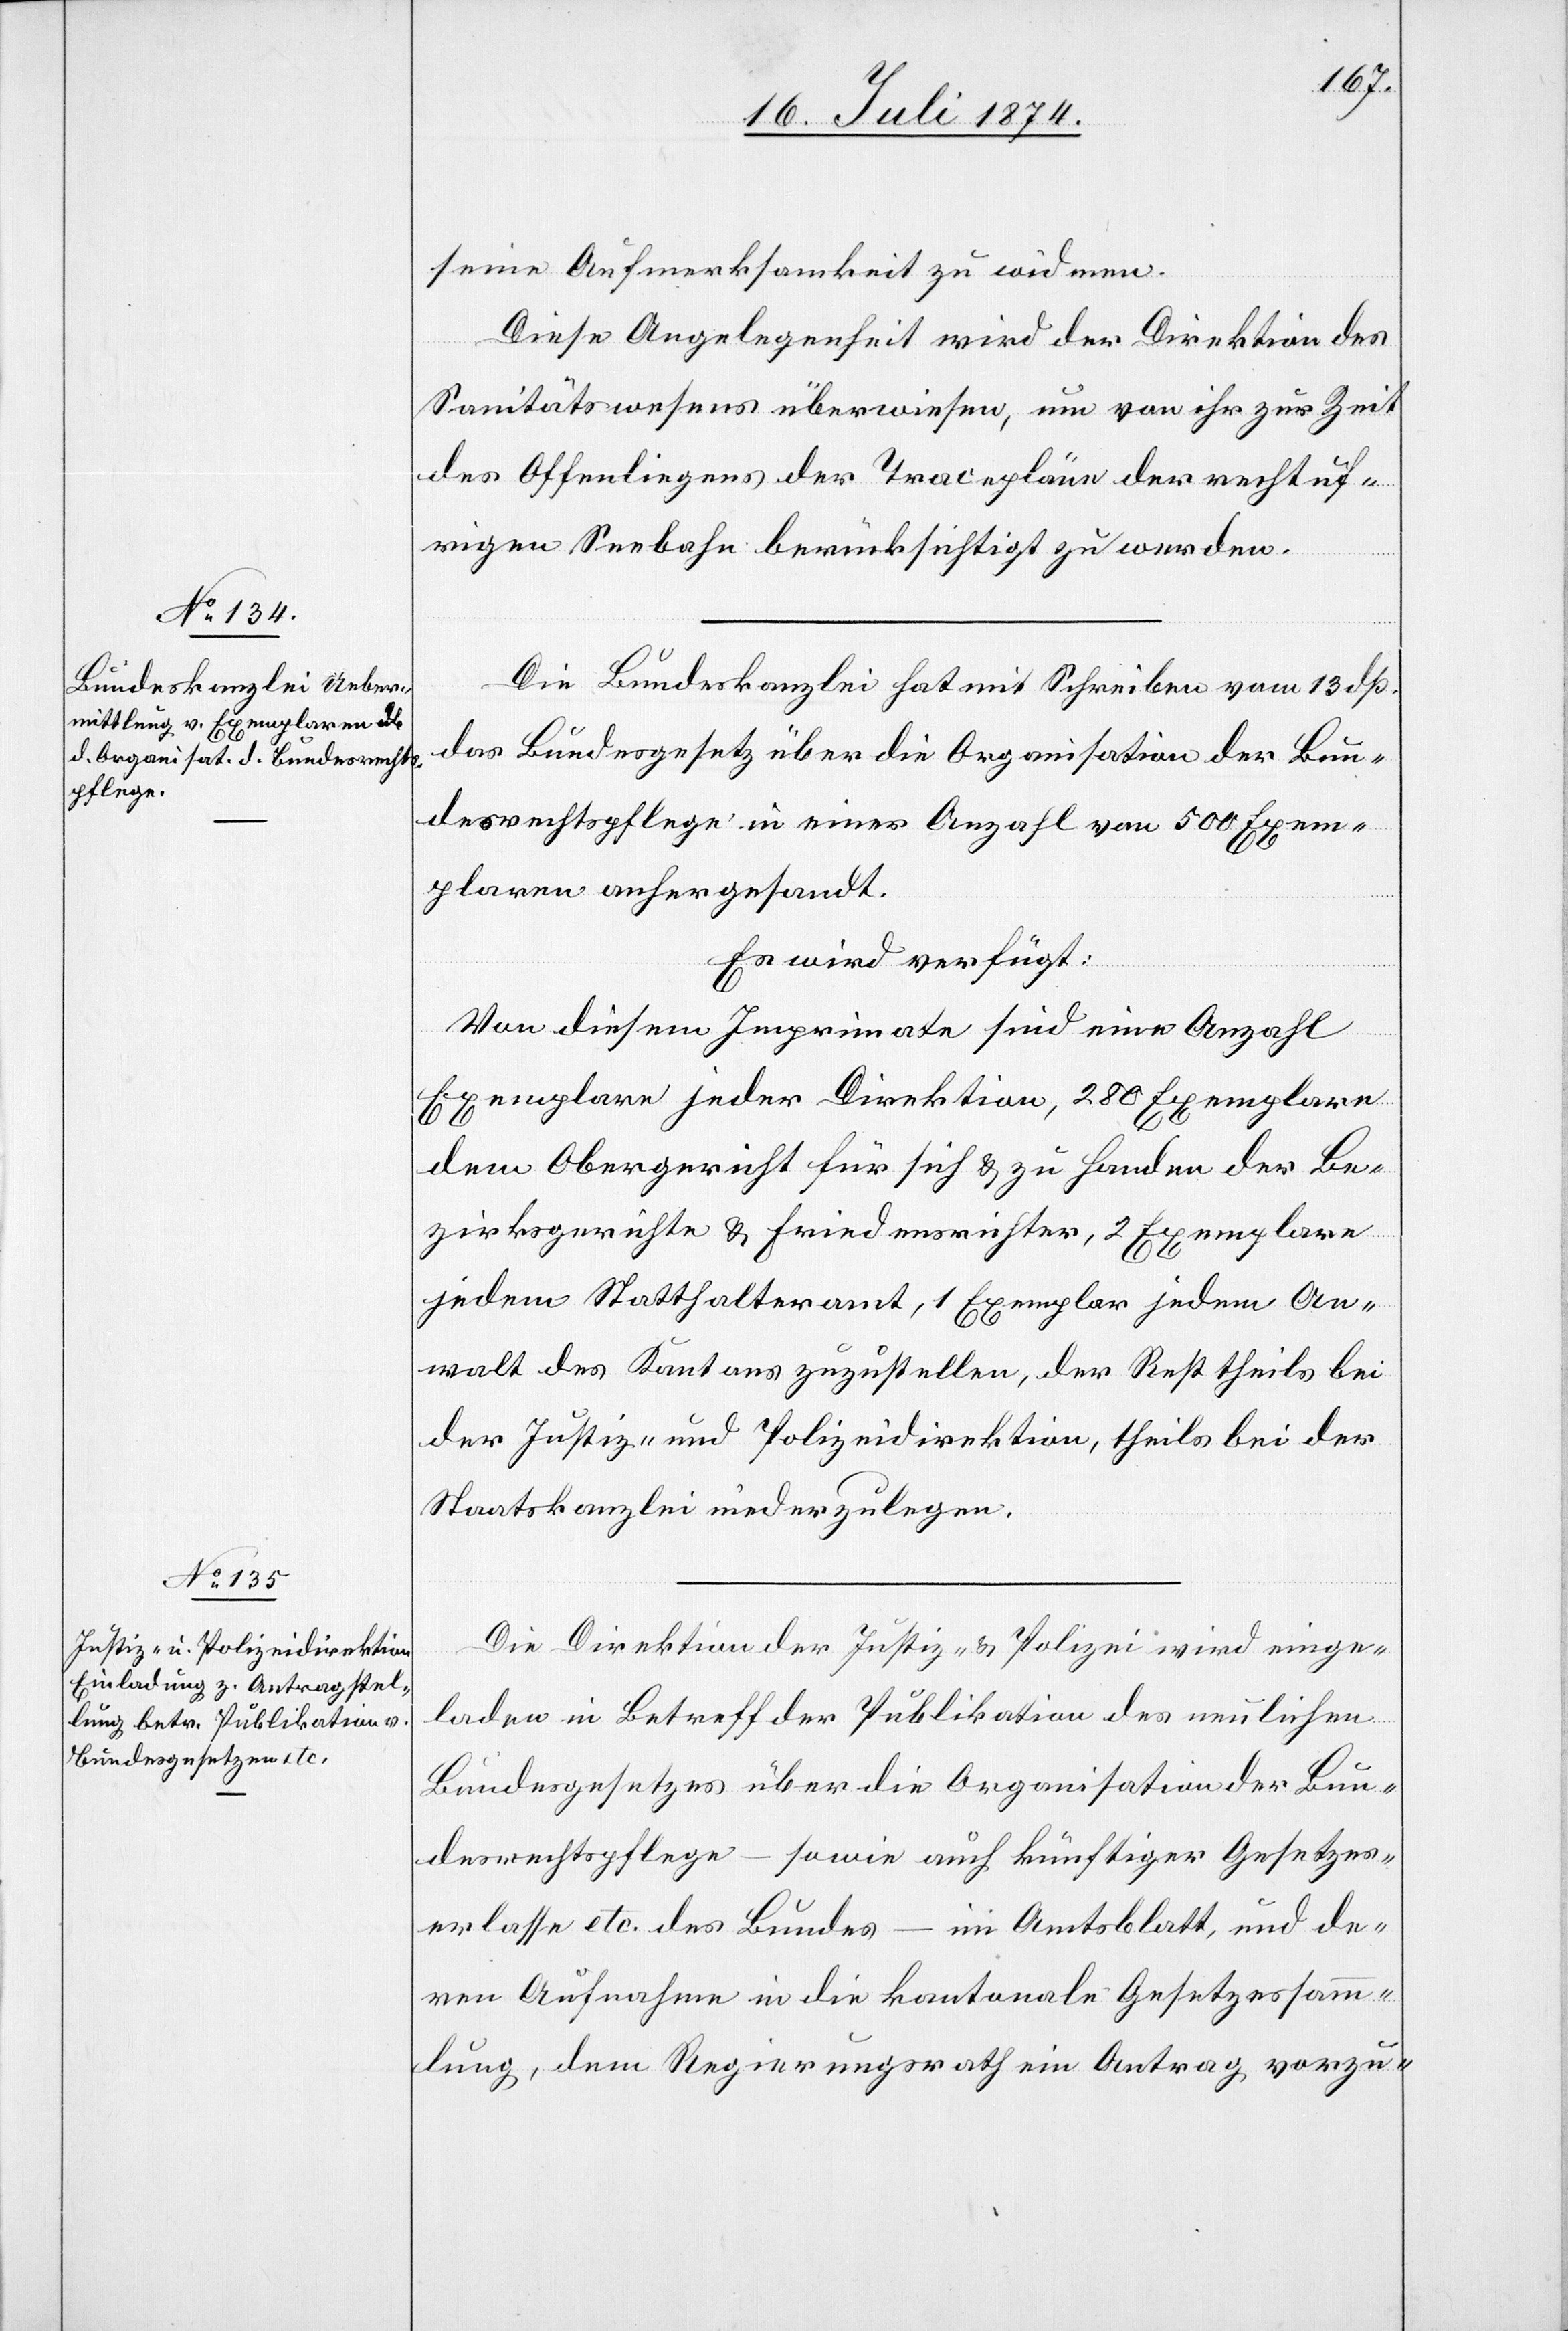
seine Aufmerksamkeit zu widmen.
Diese Angelegenheit wird der Direktion des
Sanitätswesens überwiesen, um von ihr zur Zeit
des Offenliegens der Tracepläne der rechtuf¬
rigen Seebahn berücksichtigt zu werden.
Die Bundeskanzlei hat mit Schreiben vom 13. dß.
das Bundesgesetz über die Organisation der Bun¬
desrechtspflege in einer Anzahl von 500 Exem¬
plaren anhergesandt.
Es wird verfügt:
Von diesem Imprimate sind eine Anzahl
Exemplare jeder Direktion, 280 Exemplare
dem Obergericht für sich u. zu Handen der Be¬
zirksgerichte u. Friedensrichter, 2 Exemplare
jedem Statthalteramt, 1 Exemplar jedem An¬
walt des Kantons zuzustellen, der Rest theils bei
der Justiz- und Polizeidirektion, theils bei der
Staatskanzlei niederzulegen.
Die Direktion der Justiz- u. Polizei wird einge¬
laden in Betreff der Publikation des neulichen
Bundesgesetzes über die Organisation der Bun¬
desrechtspflege – sowie auch künftiger Gesetzes¬
erlasse etc. des Bundes – im Amtsblatt, und de¬
ren Aufnahme in die kantonale Gesetzessamm¬
lung, dem Regierungsrath ein[en] Antrag vorzu-